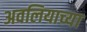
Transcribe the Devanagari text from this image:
अवलियाच्या